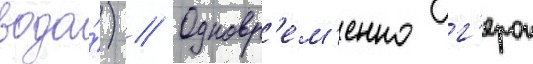
вода́) // Одновр'ем'енно г'ерои